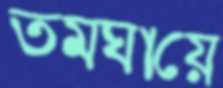
তমঘায়ে